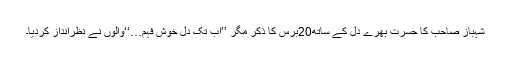
شہباز صاحب کا حسرت بھرے دل کے ساتھ20برس کا ذکر مگر ’’اب تک دل خوش فہم…‘‘والوں نے نظرانداز کردیا۔